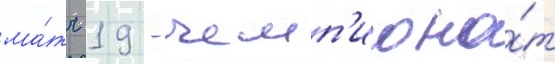
ма́тч 19 - чемп'иона́т